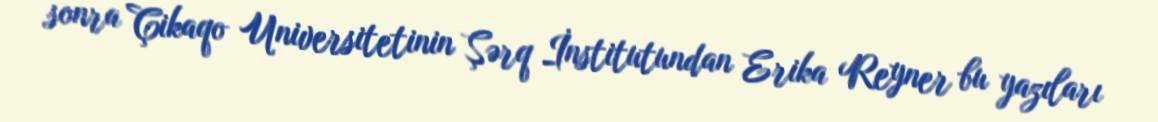
sonra Çikaqo Universitetinin Şərq İnstitutundan Erika Reyner bu yazıları